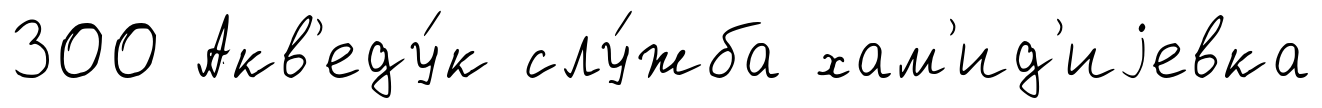
300 Акв'еду́к слу́жба хам'ид'иjевка